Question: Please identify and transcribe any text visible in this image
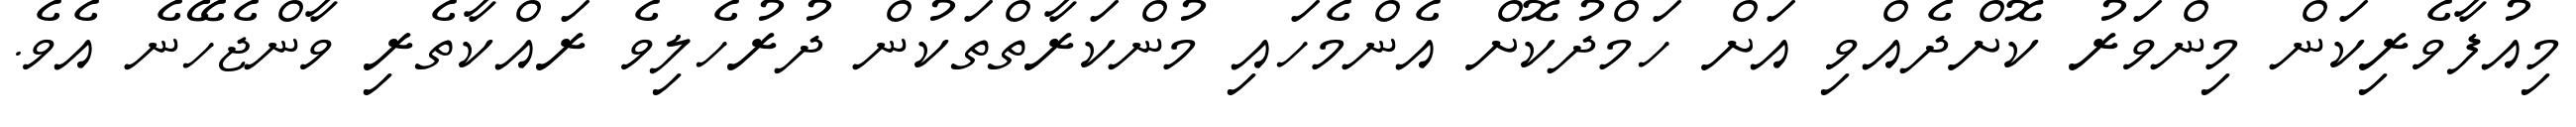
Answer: މިއުފާވެރިކަން މިންވަރު ކޮށްދެއްވި އަށް ހަމްދުކޮށް އެންމެހައި މުންކަރާތްތަކުން ދުރުހެލިވެ ރައްކާތެރި ވާންޖެހޭނެ އެވެ.